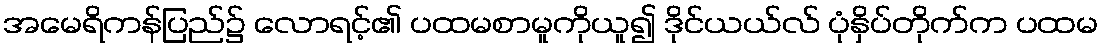
အမေရိကန်ပြည်၌ လောရင့်၏ ပထမစာမူကိုယူ၍ ဒိုင်ယယ်လ် ပုံနှိပ်တိုက်က ပထမ